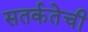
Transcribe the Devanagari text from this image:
सतर्कतेची